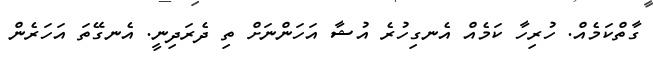
ގާތްކަމެއް. ހުރިހާ ކަމެއް އެނގިހުރެ އުޝާ އަހަންނަށް ތި ދެރަދިނީ. އެނގޭތަ އަހަރެން